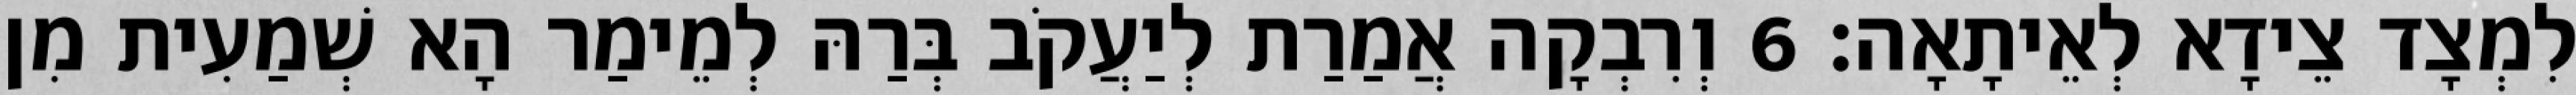
לִמְצָד צֵידָא לְאֵיתָאָה׃ 6 וְרִבְקָה אֲמַרַת לְיַעֲקֹב בְּרַהּ לְמֵימַר הָא שְׁמַעִית מִן